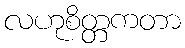
လဟုစိတ္တကတာ